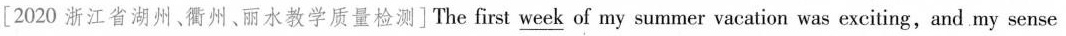
[2020 浙江省湖州、衢州、丽水教学质量检测]The first \underline{week} of my summer vacation was exciting,and my sense